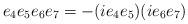
LaTeX: \begin{align*}e_{4}e_{5}e_{6}e_{7}=-(ie_{4}e_{5})(ie_{6}e_{7})\end{align*}